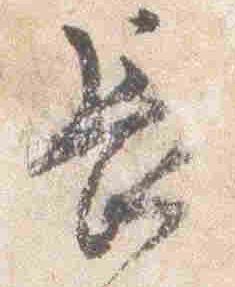
長